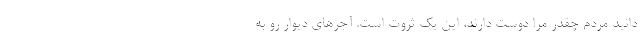
دانید مردم چقدر مرا دوست دارند، این یک ثروت است. آجرهای دیوار رو به